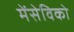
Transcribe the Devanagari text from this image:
मेंसेविको